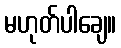
မဟုတ်ပါချေ။